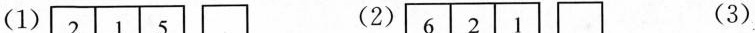
（1） （2） （3）